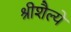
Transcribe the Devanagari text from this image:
श्रीशैल्ये